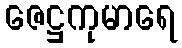
ဇေဋ္ဌကုမာရေ